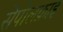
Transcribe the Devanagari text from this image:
सेपोलक्राइ